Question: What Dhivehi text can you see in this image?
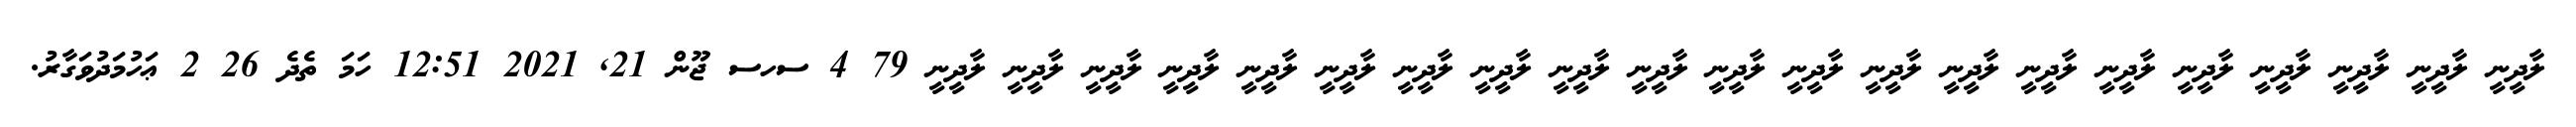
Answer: ލާދީނީ ލާދީނީ ލާދީނީ ލާދީނީ ލާދީނީ ލާދީނީ ލާދީނީ ލާދީނީ ލާދީނީ ލާދީނީ ލާދީނީ ލާދީނީ ލާދީނީ ލާދީނީ ލާދީނީ ލާދީނީ ލާދީނީ ލާދީނީ ލާދީނީ ލާދީނީ ލާދީނީ 79 4 ސހސ ޖޫން 21, 2021 12:51 ހަމަ ތެދެ 26 2 ޢަހުމަދުވަގާރު.